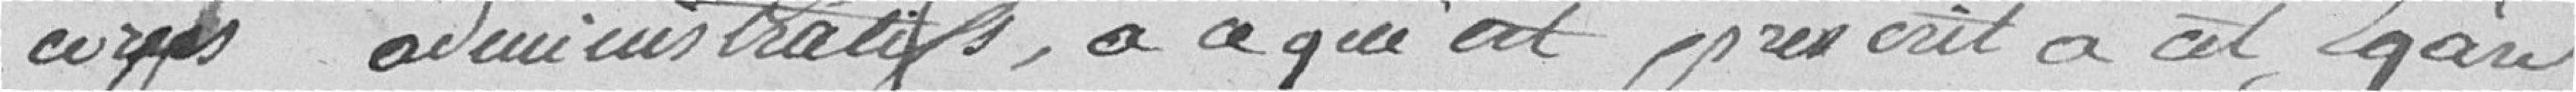
corps administratifs, à ce qui est prescrit à cet égard